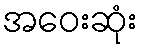
အဝေးဆုံး